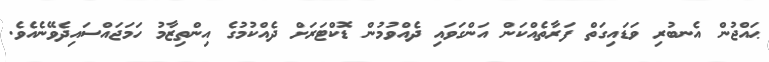
ޙައްޖުން އެނބުރި ވަޑައިގަތް ފަރާތެއްކަން އަންގަވައި ދެއްވުމުން ޑޮކްޓަރަށް ދެއްކުމުގެ އިންތިޒާމު ހަމަޖައްސައިދެވޭނެއެވެ.